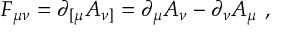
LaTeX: F _ { \mu \nu } = \partial _ { [ \mu } A _ { \nu ] } = \partial _ { \mu } A _ { \nu } - \partial _ { \nu } A _ { \mu } \ ,